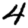
Digit: 4